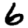
Digit: 6